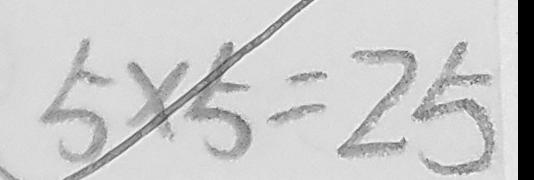
5 \times 5 = 2 5